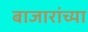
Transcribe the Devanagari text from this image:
बाजारांच्या